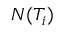
N ( T _ { i } )